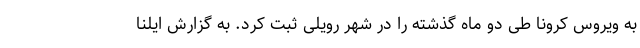
به ویروس کرونا طی دو ماه گذشته را در شهر رویلی ثبت کرد. به گزارش ایلنا